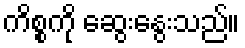
ကိစ္စကို ဆွေးနွေးသည်။